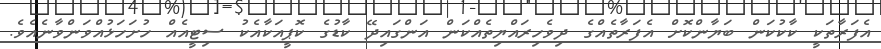
އެފަރާތަކީ ކާކުކަން ބަޔާންކޮށް އެފަރާތެއްގެ ދިވެހިރައްޔިތެއްކަން އަންގައިދޭ ކާޑުގެ ކޮޕީއަކާއެކު ސިޓީއެއް ހުށަހަޅުއްވަންވާނެއެވެ.